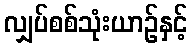
လျှပ်စစ်သုံးယာဉ်နှင့်